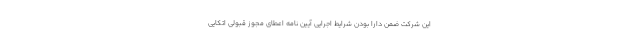
این شرکت ضمن دارا بودن شرایط اجرایی آیین نامه اعطای مجوز قبولی اتکایی